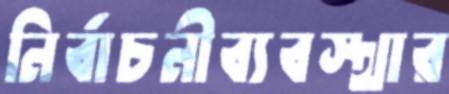
নির্বাচনীব্যবস্থার